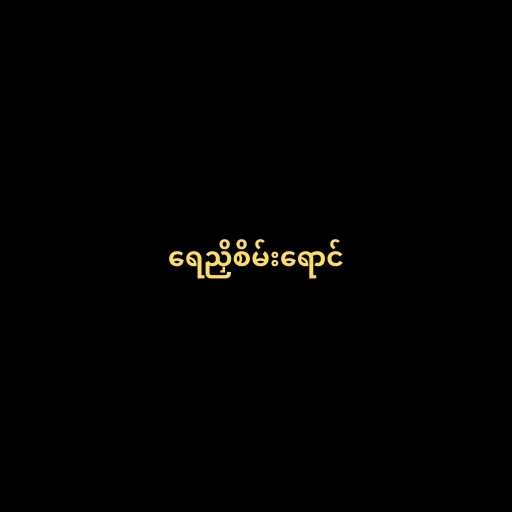
ရေညှိစိမ်းရောင်